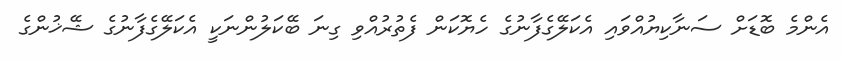
އެންމެ ބޮޑަށް ސަނާކިޔުއްވައި އެކަލޭގެފާނުގެ ހެޔޮކަން ފެތުރުއްވި ގިނަ ބޭކަލުންނަކީ އެކަލޭގެފާނުގެ ޝޭޚުންގެ